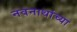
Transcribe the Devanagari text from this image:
नवनाथांच्या